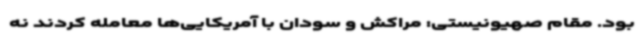
بود. مقام صهیونیستی: مراکش و سودان با آمریکایی‌ها معامله کردند نه